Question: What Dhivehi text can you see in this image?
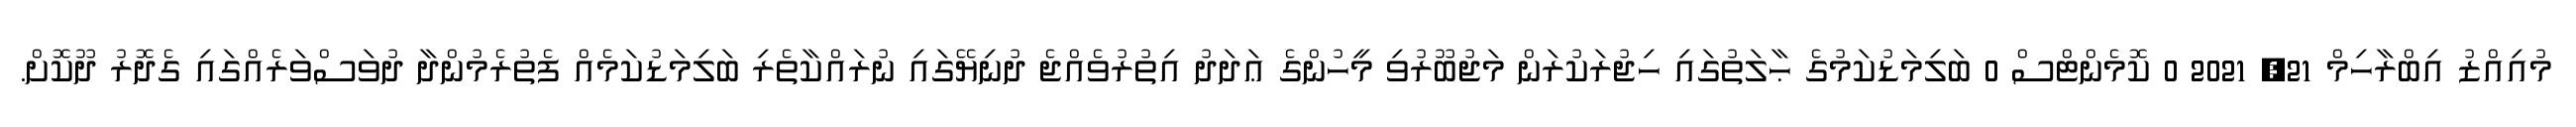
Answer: މުއިއްޒު އިބްރާހިމް 21, 2021 0 ކޮމެންޓްސް 0 ބަލިމަޑުކަމުގެ ޙާލަތުގައި ހިޖުރަކުރަން މަޖުބޫރުވި މީހުންގެ ޢަދަދު އިތުރުވެއްޖެ ދުނިޔޭގައި ނުރައްކާތެރި ބަލިމަޑުކަމެއް ފެތުރެމުންދާ ދުވަސްވަރެއްގައި ގެދޮރު ދޫކޮށް.